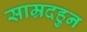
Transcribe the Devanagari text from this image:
साम्रदहुन